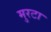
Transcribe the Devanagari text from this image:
मुरटा